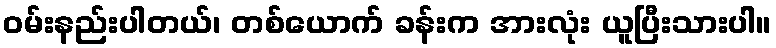
ဝမ်းနည်းပါတယ်၊ တစ်ယောက် ခန်းက အားလုံး ယူပြီးသားပါ။